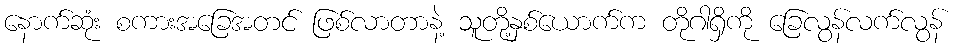
နောက်ဆုံး စကားအခြေအတင် ဖြစ်လာတာနဲ့ သူတို့နှစ်ယောက်က တိုဂါရှိကို ခြေလွန်လက်လွန်